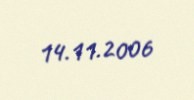
14.11.2006